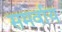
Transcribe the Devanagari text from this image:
समर्वाय